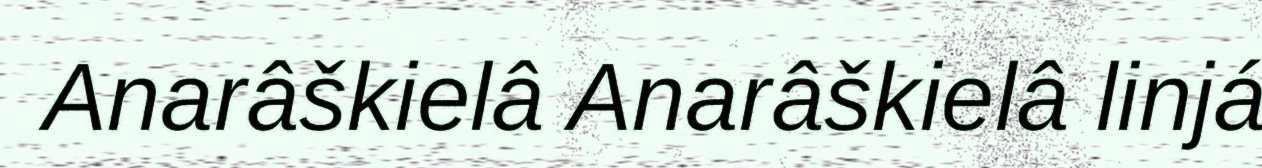
Anarâškielâ Anarâškielâ linjá